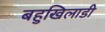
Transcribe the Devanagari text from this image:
बहुखिलाडी